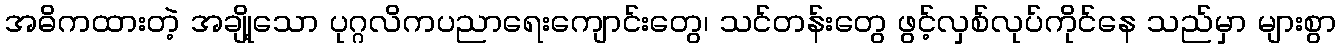
အဓိကထားတဲ့ အချို့သော ပုဂ္ဂလိကပညာရေးကျောင်းတွေ၊ သင်တန်းတွေ ဖွင့်လှစ်လုပ်ကိုင်နေ သည်မှာ များစွာ